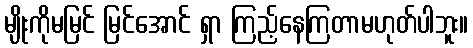
မျိုးကိုမမြင် မြင်အောင် ရှာ ကြည့်နေကြတာမဟုတ်ပါဘူး။